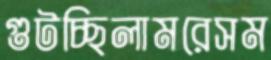
গুটচ্ছিলামরেসম